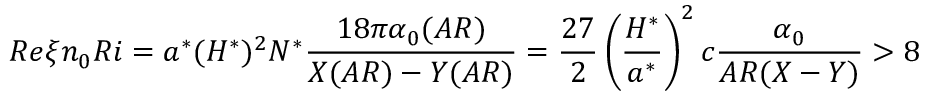
R e \xi n _ { 0 } R i = a ^ { * } ( H ^ { * } ) ^ { 2 } N ^ { * } \frac { 1 8 \pi \alpha _ { 0 } ( A R ) } { X ( A R ) - Y ( A R ) } = \frac { 2 7 } { 2 } \left( \frac { H ^ { * } } { a ^ { * } } \right) ^ { 2 } c \frac { \alpha _ { 0 } } { A R ( X - Y ) } > 8